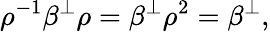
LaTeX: \rho^{-1}\beta^{\perp}\rho=\beta^{\perp}\rho^{2}=\beta^{\perp},